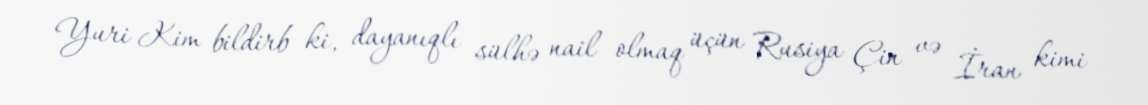
Yuri Kim bildirb ki, dayanıqlı sülhə nail olmaq üçün Rusiya Çin və İran kimi